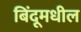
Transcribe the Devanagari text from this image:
बिंदूमधील